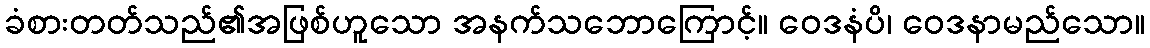
ခံစားတတ်သည်၏အဖြစ်ဟူသော အနက်သဘောကြောင့်။ ဝေဒနံပိ၊ ဝေဒနာမည်သော။